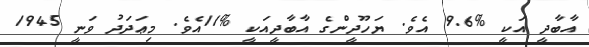
އާބާދީ އަކީ %9.6 އެވެ. ޔަހޫދީންގެ އާބާދީއަކީ %11އެވެ. މިޢަދަދު ވަނީ 1945